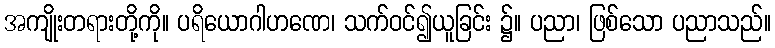
အကျိုးတရားတို့ကို။ ပရိယောဂါဟဏေ၊ သက်ဝင်၍ယူခြင်း ၌။ ပညာ၊ ဖြစ်သော ပညာသည်။